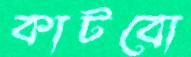
কাটবো